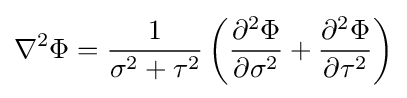
\nabla ^{2}\Phi ={\frac {1}{\sigma ^{2}+\tau ^{2}}}\left({\frac {\partial ^{2}\Phi }{\partial \sigma ^{2}}}+{\frac {\partial ^{2}\Phi }{\partial \tau ^{2}}}\right)